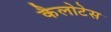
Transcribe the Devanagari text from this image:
कैलोटेस